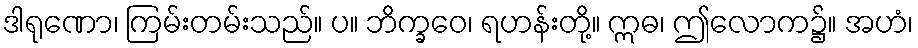
ဒါရုဏော၊ ကြမ်းတမ်းသည်။ ပ။ ဘိက္ခဝေ၊ ရဟန်းတို့။ ဣဓ၊ ဤလောက၌။ အဟံ၊